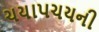
ચયાપચયની